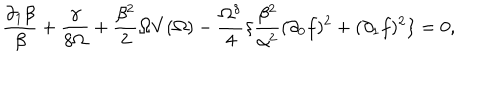
\frac { \partial _ { 1 } \beta } { \beta } + \frac { \gamma } { 8 \Omega } + \frac { \beta ^ { 2 } } { 2 } \Omega V ( \Omega ) - \frac { \Omega ^ { \delta } } { 4 } \{ \frac { \beta ^ { 2 } } { \alpha ^ { 2 } } ( \partial _ { 0 } f ) ^ { 2 } + ( \partial _ { 1 } f ) ^ { 2 } \} = 0 ,